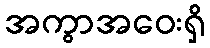
အကွာအဝေးရှိ